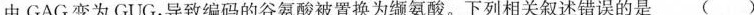
由GAG变为GUG，导致编码的谷氨酸被置换为缬氨酸。下列相关叙述错误的是()